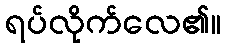
ရပ်လိုက်လေ၏။